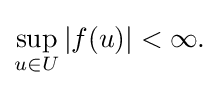
{\textstyle \displaystyle \sup _{u\in U}|f(u)|<\infty .}